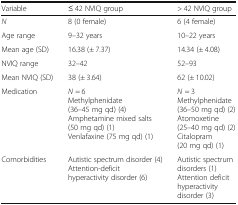
| Variable | ≤ 42 NVIQ group | > 42 NVIQ group |
 | --- | --- | --- |
 | N | 8 (0 female) | 6 (4 female) |
 | Age range | 9–32 years | 10–22 years |
 | Mean age (SD) | 16.38 (± 7.37) | 14.34 (± 4.08) |
 | NVIQ range | 32–42 | 52–93 |
 | Mean NVIQ (SD) | 38 (± 3.64) | 62 (± 10.02) |
 | Medication | N = 6Methylphenidate (36–45 mg qd) (4)Amphetamine mixed salts (50 mg qd) (1)Venlafaxine (75 mg qd) (1) | N = 3Methylphenidate (36–50 mg qd) (2)Atomoxetine (25–40 mg qd) (2)Citalopram (20 mg qd) (1) |
 | Comorbidities | Autistic spectrum disorder (4)Attention-deficit hyperactivity disorder (6) | Autistic spectrum disorders (1)Attention deficit hyperactivity disorder (3) |